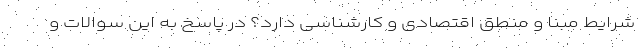
شرایط مبنا و منطق اقتصادی و کارشناسی دارد؟ در پاسخ به این سوالات و